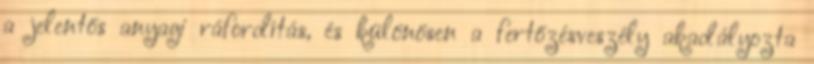
a jelentős anyagi ráfordítás, és különösen a fertőzésveszély akadályozta